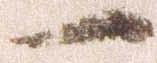
一